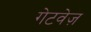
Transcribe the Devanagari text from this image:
गेटवेज़